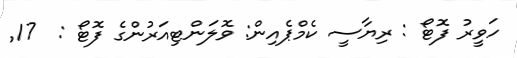
ހަވީރު ފޮޓޯ : ރިޔާސީ ކެމްޕެއިން: ވޮލަންޓިއަރުންގެ ފޮޓޯ :  17